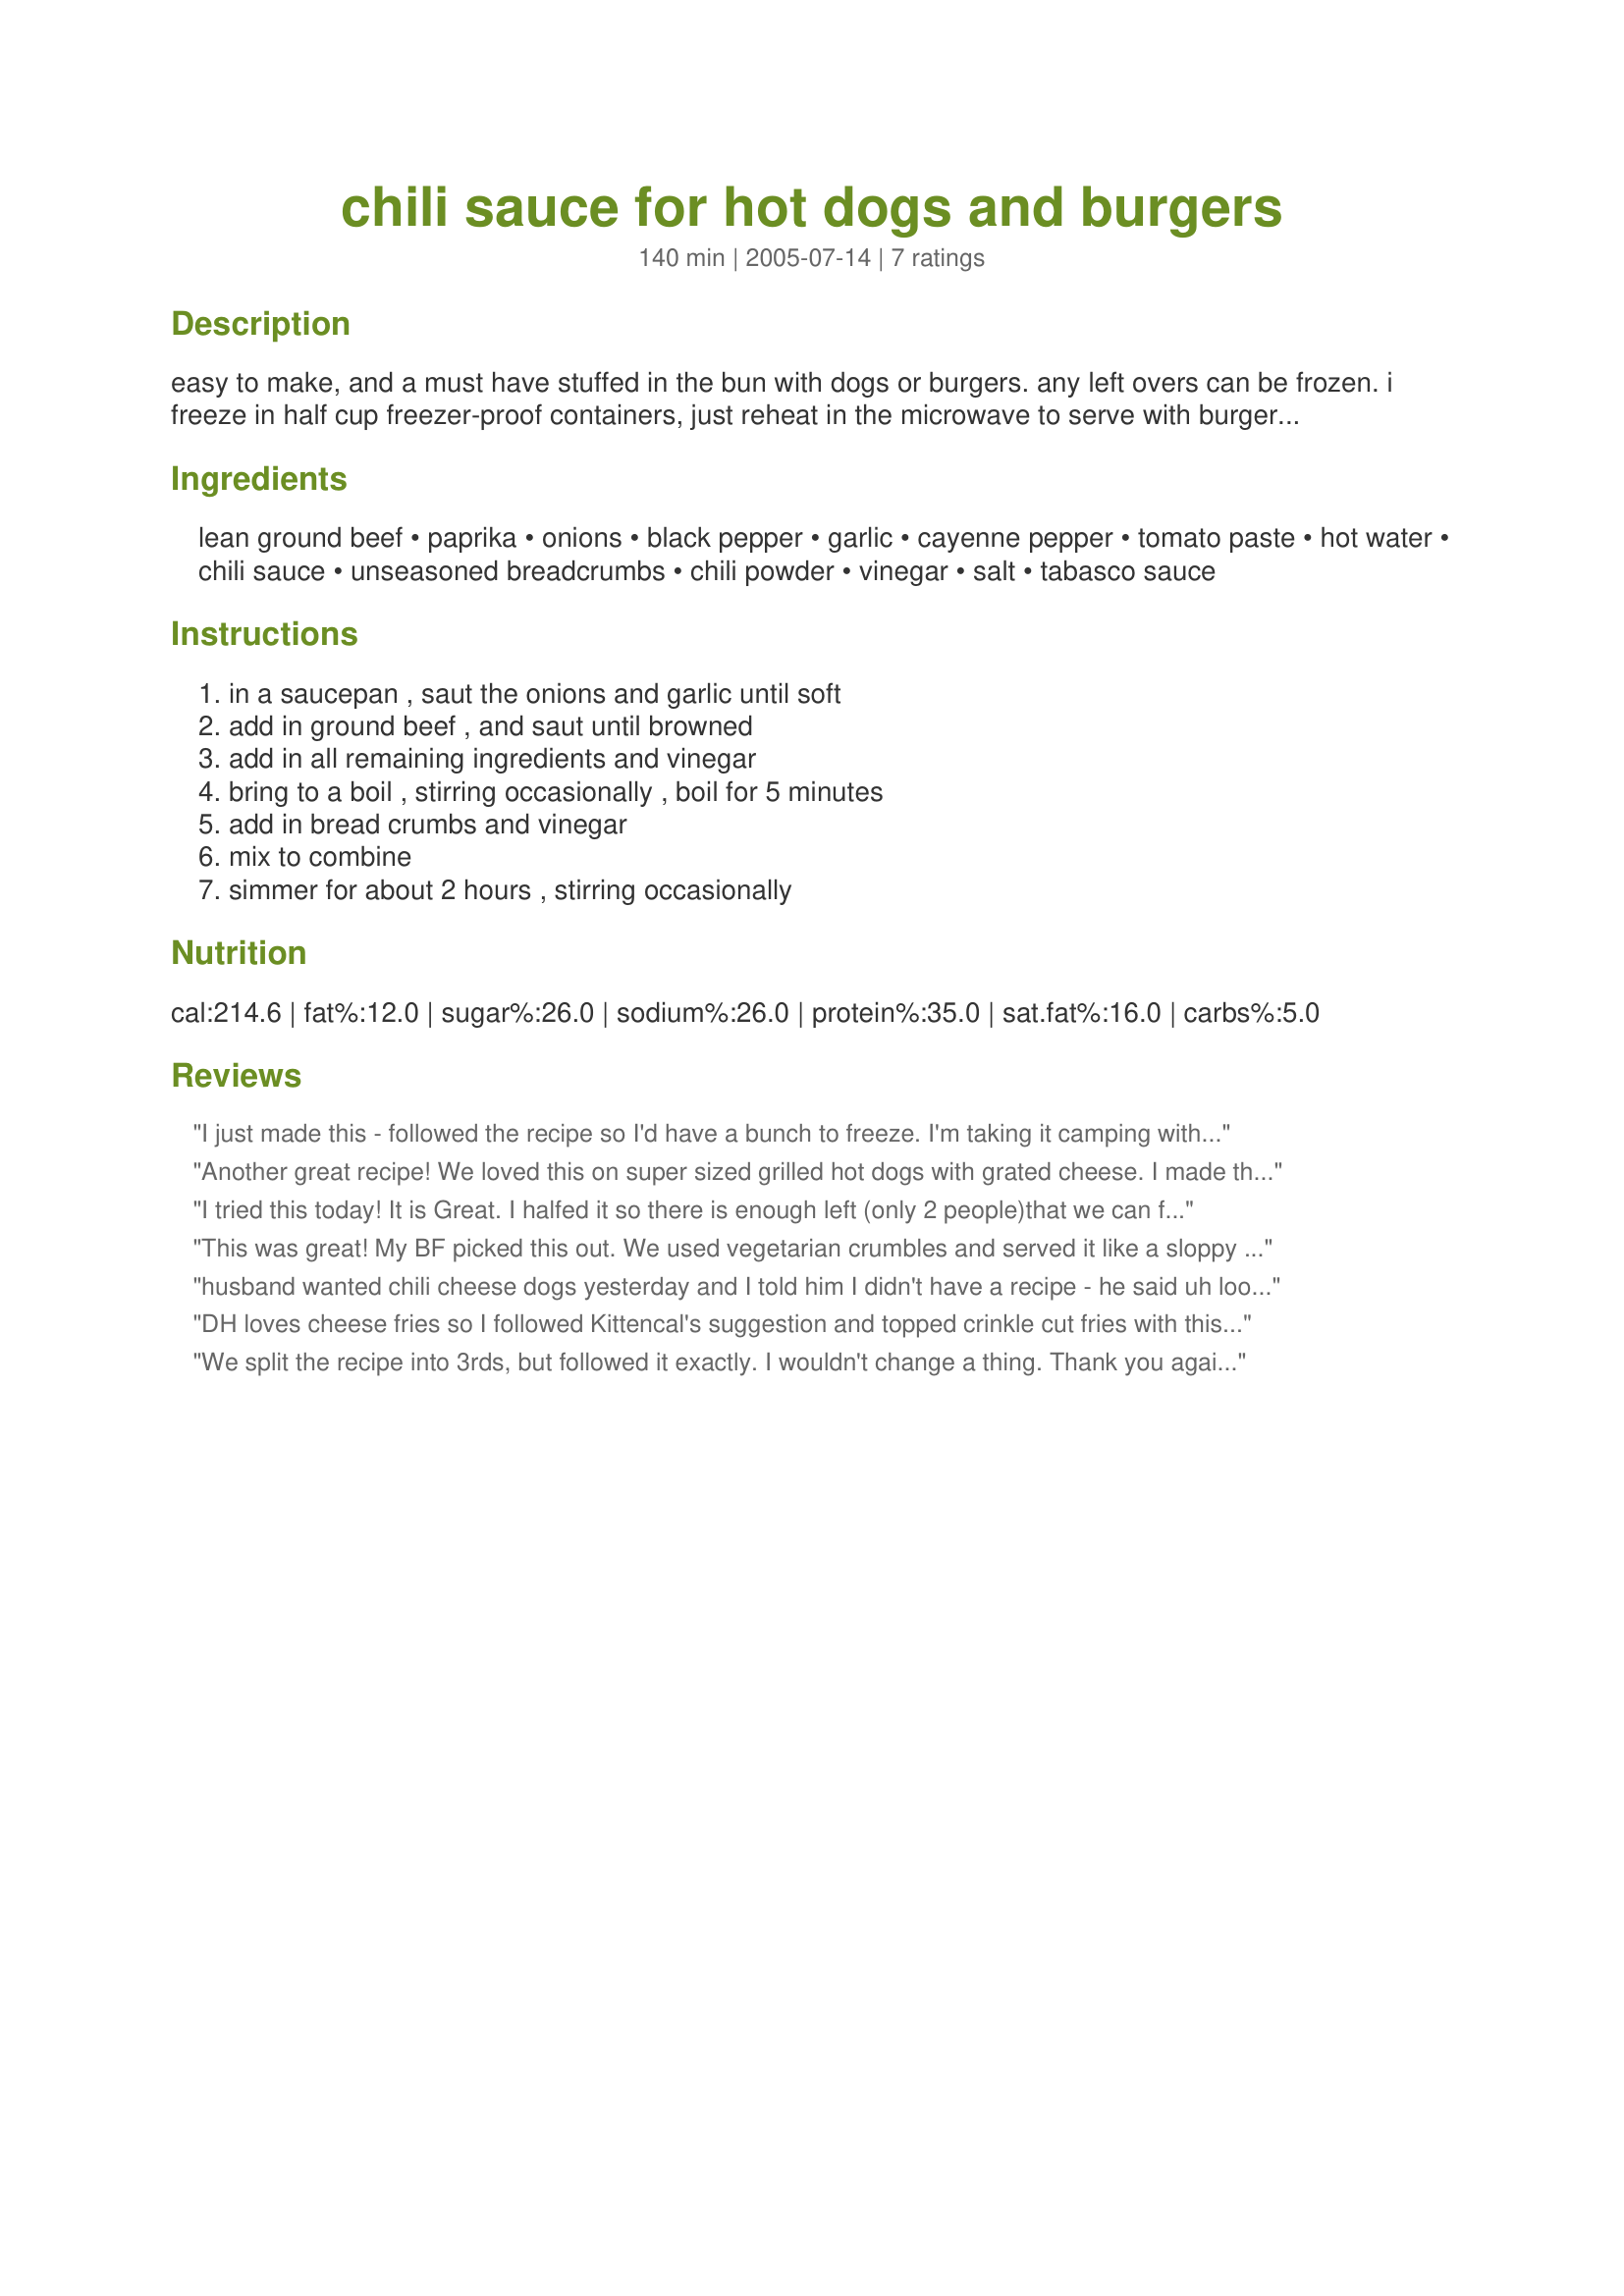
chili sauce for hot dogs and burgers
Preparation time: 140 minutes

easy to make, and a must have stuffed in the bun with dogs or burgers. any left overs can be frozen. i freeze in half cup freezer-proof containers, just reheat in the microwave to serve with burgers and hot dogs, also wonderful on top of french fries, then topped with shredded cheddar cheese yum!! this chili sauce is even better if made a day or even days ahead of using. also the recipe may be cut in half for a smaller amount. all ingredients may be adjusted to suit taste.

Ingredients:
lean ground beef, paprika, onions, black pepper, garlic, cayenne pepper, tomato paste, hot water, chili sauce, unseasoned breadcrumbs, chili powder, vinegar, salt, tabasco sauce

Steps:
in a saucepan , saut the onions and garlic until soft, add in ground beef , and saut until browned, add in all remaining ingredients and vinegar, bring to a boil , stirring occasionally , boil for 5 minutes, add in bread crumbs and vinegar, mix to combine, simmer for about 2 hours , stirring occasionally

Reviews:
I just made this - followed the recipe so I'd have a bunch to freeze. I'm taking it camping with us this weekend. Can't wait to try it...it smells amazing!
Another great recipe! We loved this on super sized grilled hot dogs with grated cheese. I made this the night before as suggested and was even better the next day. The bread crumbs made this nice and thick, and I used more than 1-1/2 tablespoons of chili powder. I will for sure be making this on a regular basis at my house, thanks!
I tried this today! It is Great. I halfed it so there is enough left (only 2 people)that we can freeze. Tried recipe as is! Thank you for sharing!
This was great! My BF picked this out. We used vegetarian crumbles and served it like a sloppy joe. Not sure why one would serve this over more meat, but whatever rocks your boat I guess! We actually used seasoned Italian breadcrumbs as it was what we had, and added lots of extra tabasco. I served leftovers on top of a potato/lentil casserole that I wasn't overly thrilled with and improved it immeasurably. Thanks Kitten!
husband wanted chili cheese dogs yesterday and I told him I didn't have a recipe - he said uh look at zaar - well lo and behold I find a 5 star recipe by none other than Kittencal and I knew it would be good! Made it exactly as your instructions read and it was delicious!!! thanks for sharing - loved it!
DH loves cheese fries so I followed Kittencal's suggestion and topped crinkle cut fries with this chili sauce. I used about 1/8 teaspoon cayenne pepper and omitted the tabasco sauce for our taste. I did freeze some for the next time we have hot dogs on the grill which I hope will be soon as this was a great chili sauce! Topped my chili fries with a sprinkle of green onions, loved it!
We split the recipe into 3rds, but followed it exactly. I wouldn't change a thing. Thank you again for posting another wonderful Recipe Kittencal!
